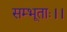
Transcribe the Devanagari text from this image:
सम्भूताः।।